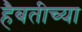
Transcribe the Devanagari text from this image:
हैबतीच्या